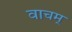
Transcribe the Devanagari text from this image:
वाचम्